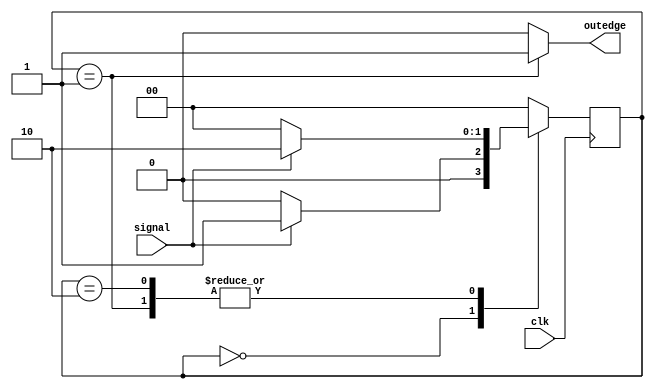
`timescale 1ns / 1ps
module RisingEdgeDetector(
input wire clk,
input wire signal,
output reg outedge );
wire slow_clk ;
reg [1:0] c_state ;
reg [1:0] r_state ;
// Define your FSM states
localparam ZERO = 'd0;
localparam CHANGE = 'd1;
localparam ONE = 'd2;
always @(*) begin
 case (r_state)

 ZERO : begin
	outedge = 'd0;
	c_state = signal? CHANGE:ZERO;
 end
 CHANGE : begin
	outedge = 'd1;
	c_state = signal? ONE:ZERO;
 end
 ONE : begin
	outedge = 'd0;
	c_state = signal? ONE:ZERO;
 end
 default : begin
c_state = ZERO ;
outedge = 'd0 ;
 end
 endcase
end
// Seq. logic
always @( posedge clk ) begin
r_state <= c_state ;
end
endmodule